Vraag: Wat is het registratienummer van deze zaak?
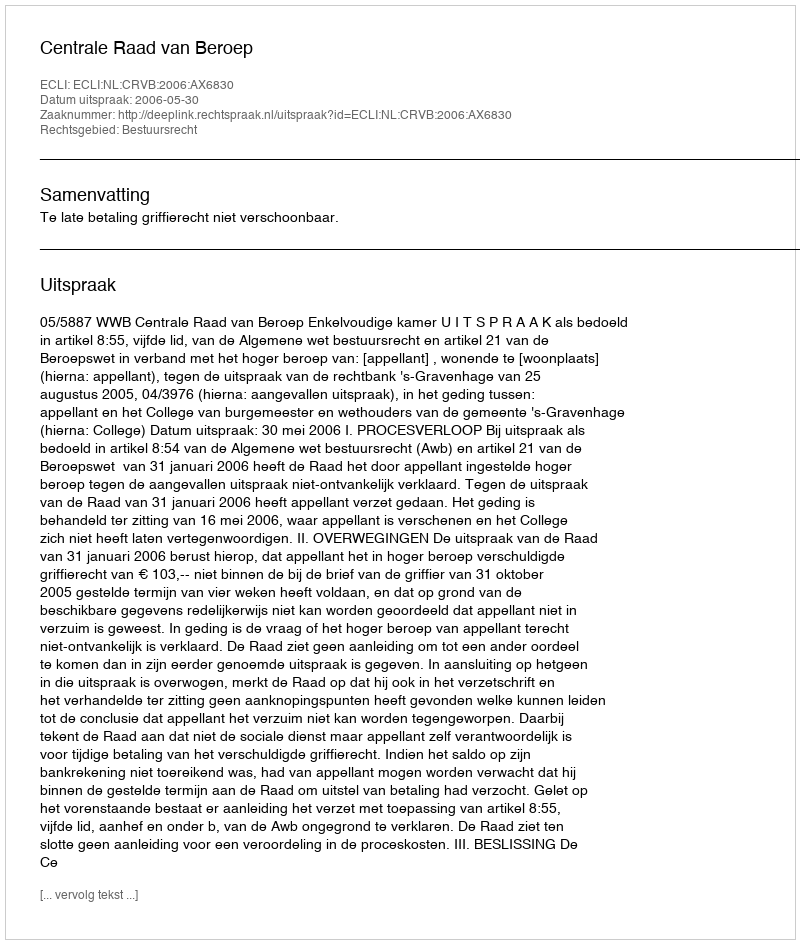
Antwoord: http://deeplink.rechtspraak.nl/uitspraak?id=ECLI:NL:CRVB:2006:AX6830